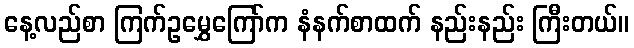
နေ့လည်စာ ကြက်ဥမွှေကြော်က နံနက်စာထက် နည်းနည်း ကြီးတယ်။